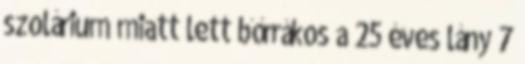
szolárium miatt lett bőrrákos a 25 éves lány 7